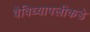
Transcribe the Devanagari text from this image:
वैविध्यापलीकडे